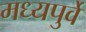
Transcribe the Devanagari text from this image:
मध्यपुर्वे